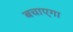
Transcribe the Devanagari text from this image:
बचाएगा